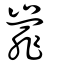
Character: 𡽁